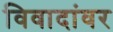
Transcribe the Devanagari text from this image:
विवादांवर